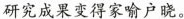
研究成果变得家喻户晓。